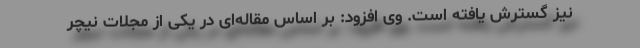
نیز گسترش یافته است. وی افزود: بر اساس مقاله‌ای در یکی از مجلات نیچر